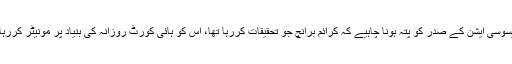
بار ایسوسی ایشن کے صدر کو پتہ ہونا چاہیے کہ کرائم برانچ جو تحقیقات کررہا تھا، اس کو ہائی کورٹ روزانہ کی بنیاد پر مونیٹر کررہا تھا‘۔